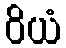
ဝိယံ